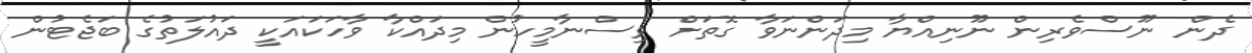
ދެން ނޫސްވެރިން ނޫނިއްޔާ މިދަންނަވާ ގޮތަށް ވިސްނާމީހުން މިދައްކާ ވާހަކައަކީ ދައުލަތުގެ ބަޖެޓުން